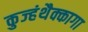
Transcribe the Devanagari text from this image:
कुज्हंथैक्कागा